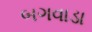
બગવાડા